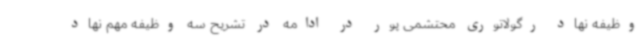
وظیفه نهاد رگولاتوری محتشمی پور در ادامه در تشریح سه وظیفه مهم نهاد